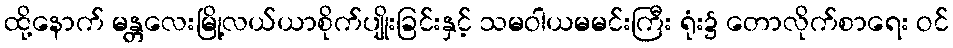
ထို့နောက် မန္တလေးမြို့လယ်ယာစိုက်ပျိုးခြင်းနှင့် သမဝါယမမင်းကြီး ရုံး၌ တောလိုက်စာရေး ဝင်